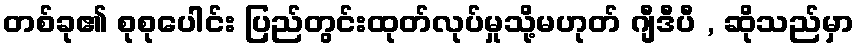
တစ်ခု၏ စုစုပေါင်း ပြည်တွင်းထုတ်လုပ်မှုသို့မဟုတ် ဂျီဒီပီ , ဆိုသည်မှာ